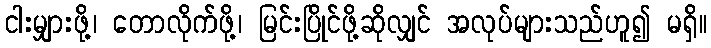
ငါးမျှားဖို့၊ တောလိုက်ဖို့၊ မြင်းပြိုင်ဖို့ဆိုလျှင် အလုပ်များသည်ဟူ၍ မရှိ။